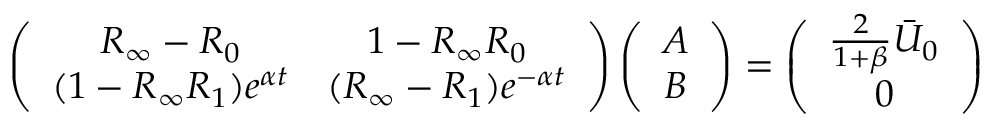
\left( \begin{array} { c c } { R _ { \infty } - R _ { 0 } } & { 1 - R _ { \infty } R _ { 0 } } \\ { ( 1 - R _ { \infty } R _ { 1 } ) e ^ { \alpha t } } & { ( R _ { \infty } - R _ { 1 } ) e ^ { - \alpha t } } \end{array} \right) \left( \begin{array} { c } { A } \\ { B } \end{array} \right) = \left( \begin{array} { c } { \frac { 2 } { 1 + \beta } \bar { U } _ { 0 } } \\ { 0 } \end{array} \right)